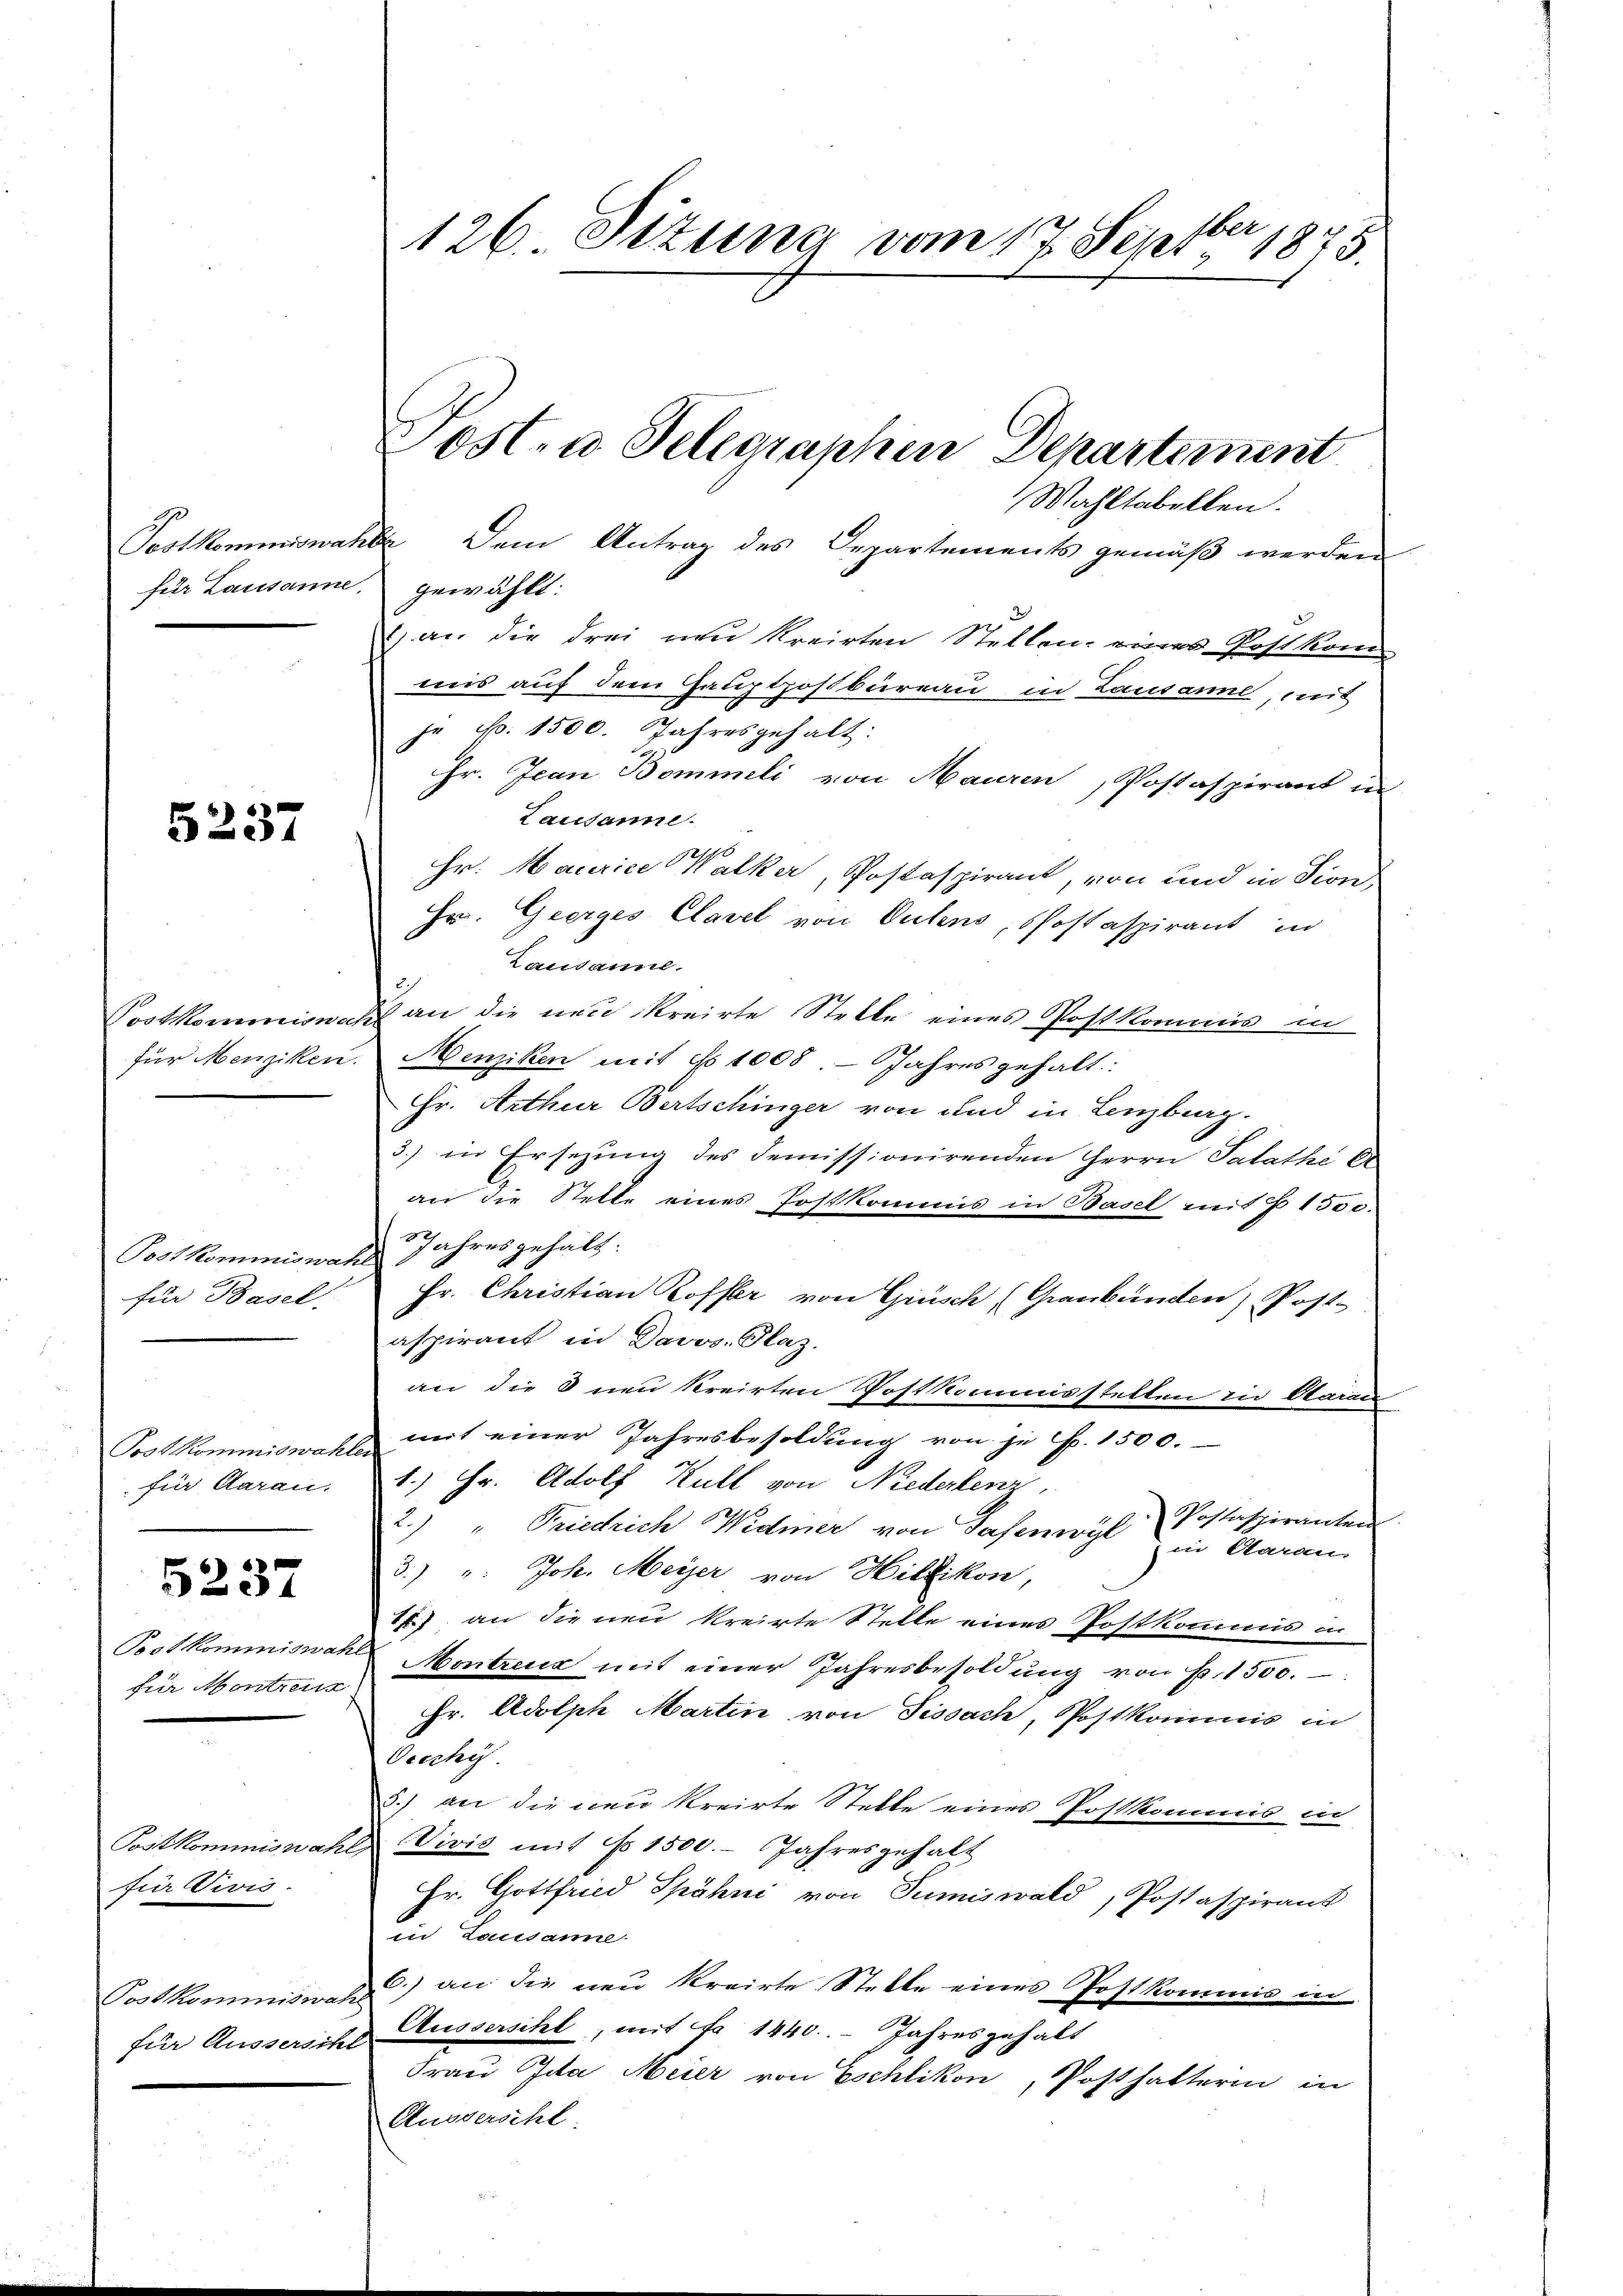
für Lausanne, gewählt:

5237

Postkommine

Postkommiswah
für Basel.

Postkommiswahl
für Aarau

5237

Postkommiswah
für Montreuz

Postkommiswahl
für Divis.

Postkommiswah
für Äussersch

E
126. Stzung vom 17. Sept. 1875.

Wahltabellen.
Postkommiswahle dem Antrag des Departements gemäß werden
1) an die drei und kreirten Stellen, eines Postkom-
uns auf dem Hauptpostbüreau in Lausanne, mit
je N. 1500. Jahresgehalt:
Hr. Jean Bommeli von Mauren, Postaspirant in
Lausanne.
Hr. Maurice Walker, Postaspirant, von und in Sion
Hr. Geerges Clavel von Oetens, Postaspirant in
Lausanne.
sis an die neu kreirte Stelle eines Postkommis in
für Menziken. Menziken mit No 1008 Jahres gehalt:
Hr. Arthur Bertschinger von und in Lenzburg.
3.) in Ersezung des Demissionirenden Herrn Salathe C
an die Stelle eines Postkommis in Basel mit § 1550.
 Jahres gehalt
Fr. Christian Koffer von Grüsch (Graubünden) Post-
aspirant in Davos- Plaz.
an die 3 neu kreirten Postkommisstellen zu Otarau
mit einer Jahresbesoldung von je p. 1500.
s
1.) Hr. Adolf Kull von Niederlenz,
2.) " Friedrich Widmer von Sachenwyl Postaspiranten
in Aaraus
3.) u. Joh. Meyer von Hillikon,
1) an die neu kreirte Stelle eines Postkommnis in

Montreux mit einer Jahresbesoldŭng von Fr. 1500.
Hr. Adolph Martin von Fissach, Postkommis in
Oecchis
3.) an die neu kreirte Stelle eines Postkommis in
Vivis mit No 1500.- Jahresgehalt
Hr. Gottfried Spähni von Tumiswald, Postaspirant
in Lausanne.
C.) an die neu kreirte Stelle eines Postkommis in
 Äussersihl, mit No 1440. Jahresgehalt
Frau Ida Meier von Eschlikon, Posthalterin in
Anversihl:

Lost- u Telegraphen Departement